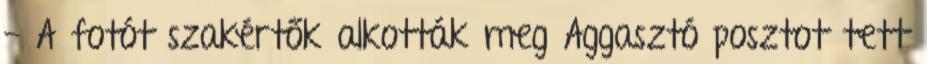
- A fotót szakértők alkották meg Aggasztó posztot tett